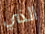
الذي